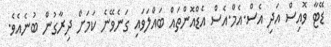
ޑޭޓާ ވޮއިސް އަދި އެސް.އެމް.އެސް އެޑްއޮންތައް ބައްލަވައި ގަނެވޭނެ ކަމަށް ދިރާގުން ބުނެއެވެ.